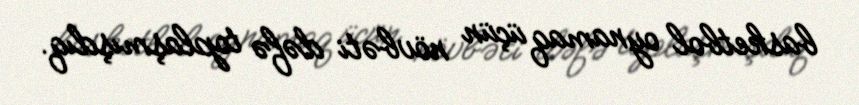
basketbol oynamaq üçün növbəti dəfə toplaşmışdıq.